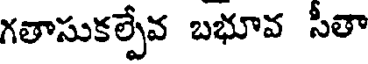
గతాసుకల్పేవ బభూవ సీతా